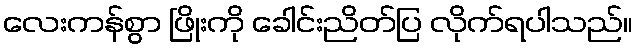
လေးကန်စွာ ဖြိုးကို ခေါင်းညိတ်ပြ လိုက်ရပါသည်။